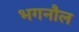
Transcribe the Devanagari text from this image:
भगनौल